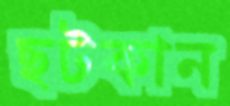
ছটকান